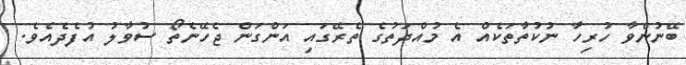
ބޭނުންވާ ހުރިހާ ނުކުތާތަކެއް އެ މުއްދަތުގެ ތެރޭގައި އަންގަން ޖެހޭނެތޯ ސުވާލު އުފެދެއެވެ.